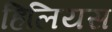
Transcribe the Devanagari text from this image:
हिलियस